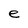
Character: e